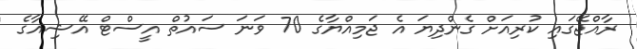
ރާއްޖޭގައި ކުރިއަށް ގެންދިޔަ އެ ޖަމިއްޔާގެ 70 ވަނަ ސައުތް އީސްޓް އޭޝިއާގެ